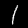
Label: 1